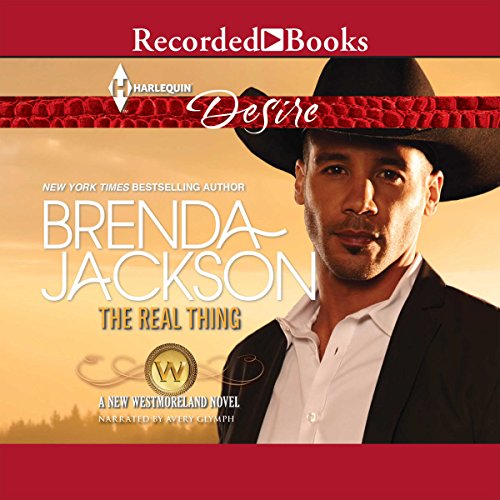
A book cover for The Real Thing; Brenda Jackson; Romance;